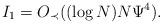
LaTeX: \begin{align*}I_1=O_\prec((\log N)N\Psi^4).\end{align*}